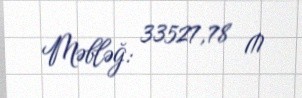
Məbləğ: 33527,78 ₼